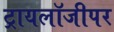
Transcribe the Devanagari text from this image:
ट्रायलॉजीपर